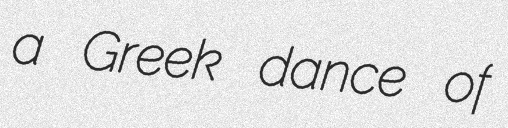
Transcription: a Greek dance of